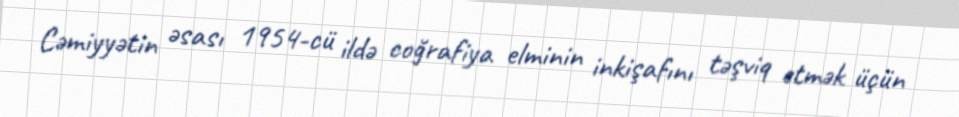
Cəmiyyətin əsası 1954-cü ildə coğrafiya elminin inkişafını təşviq etmək üçün